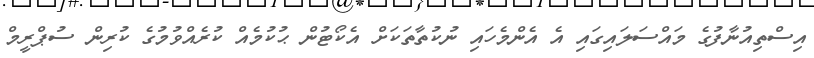
އިސްތިއުނާފުގެ މައްސަލައިގައި އެ އެންމެހައި ނުކުތާތަކަށް އެކޯޓުން ޙުކުމެއް ކުރެއްވުމުގެ ކުރިން ސުޕްރީމް